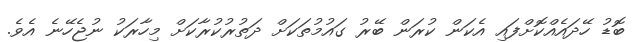
ބޮޑު ހޭދައެއްކޮށްފައި އެކަން ކުރަން ބޭރު ގައުމުތަކަށް ދަތުރުކުރާކަށް މިހާރަކު ނުޖެހޭނެ އެވެ.